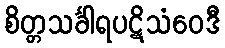
စိတ္တသင်္ခါရပဋိသံဝေဒီ